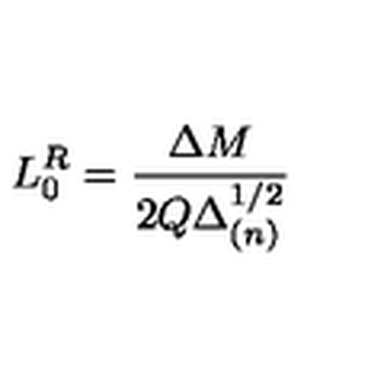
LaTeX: L _ { 0 } ^ { R } = \frac { \Delta M } { 2 Q \Delta _ { ( n ) } ^ { 1 / 2 } }